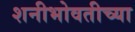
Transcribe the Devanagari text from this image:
शनीभोवतीच्या